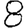
Digit: 8